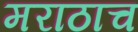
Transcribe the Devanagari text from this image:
मराठाच